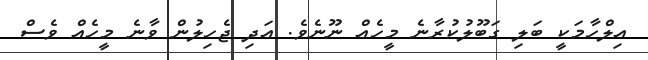
އިލްހާމަކީ ބަލި ގަބޫލުކުރާނެ މީހެއް ނޫނެވެ. އަދި ޖެހިލުން ވާނެ މީހެއް ވެސް